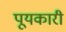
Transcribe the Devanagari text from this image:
पूयकारी